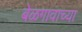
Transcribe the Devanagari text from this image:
बेळगावाच्या